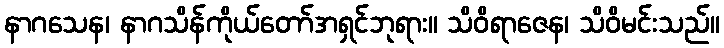
နာဂသေန၊ နာဂသိန်ကိုယ်တော်အရှင်ဘုရား။ သိဝိရာဇေန၊ သိဝိမင်းသည်။